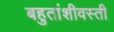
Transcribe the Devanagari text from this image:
बहुतांशीवस्ती